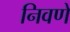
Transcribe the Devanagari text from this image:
निवणे